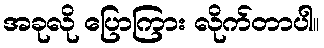
အခုလို ပြောကြား လိုက်တာပါ။